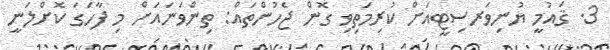
3. ޤައުމީ ޔުނިވަރސިޓީއަށް ކުރިމަތިވި ގޮން ޖެހުންތައް: ތިންވަނައަށް މި ފާހަގަ ކޮށްލަނީ